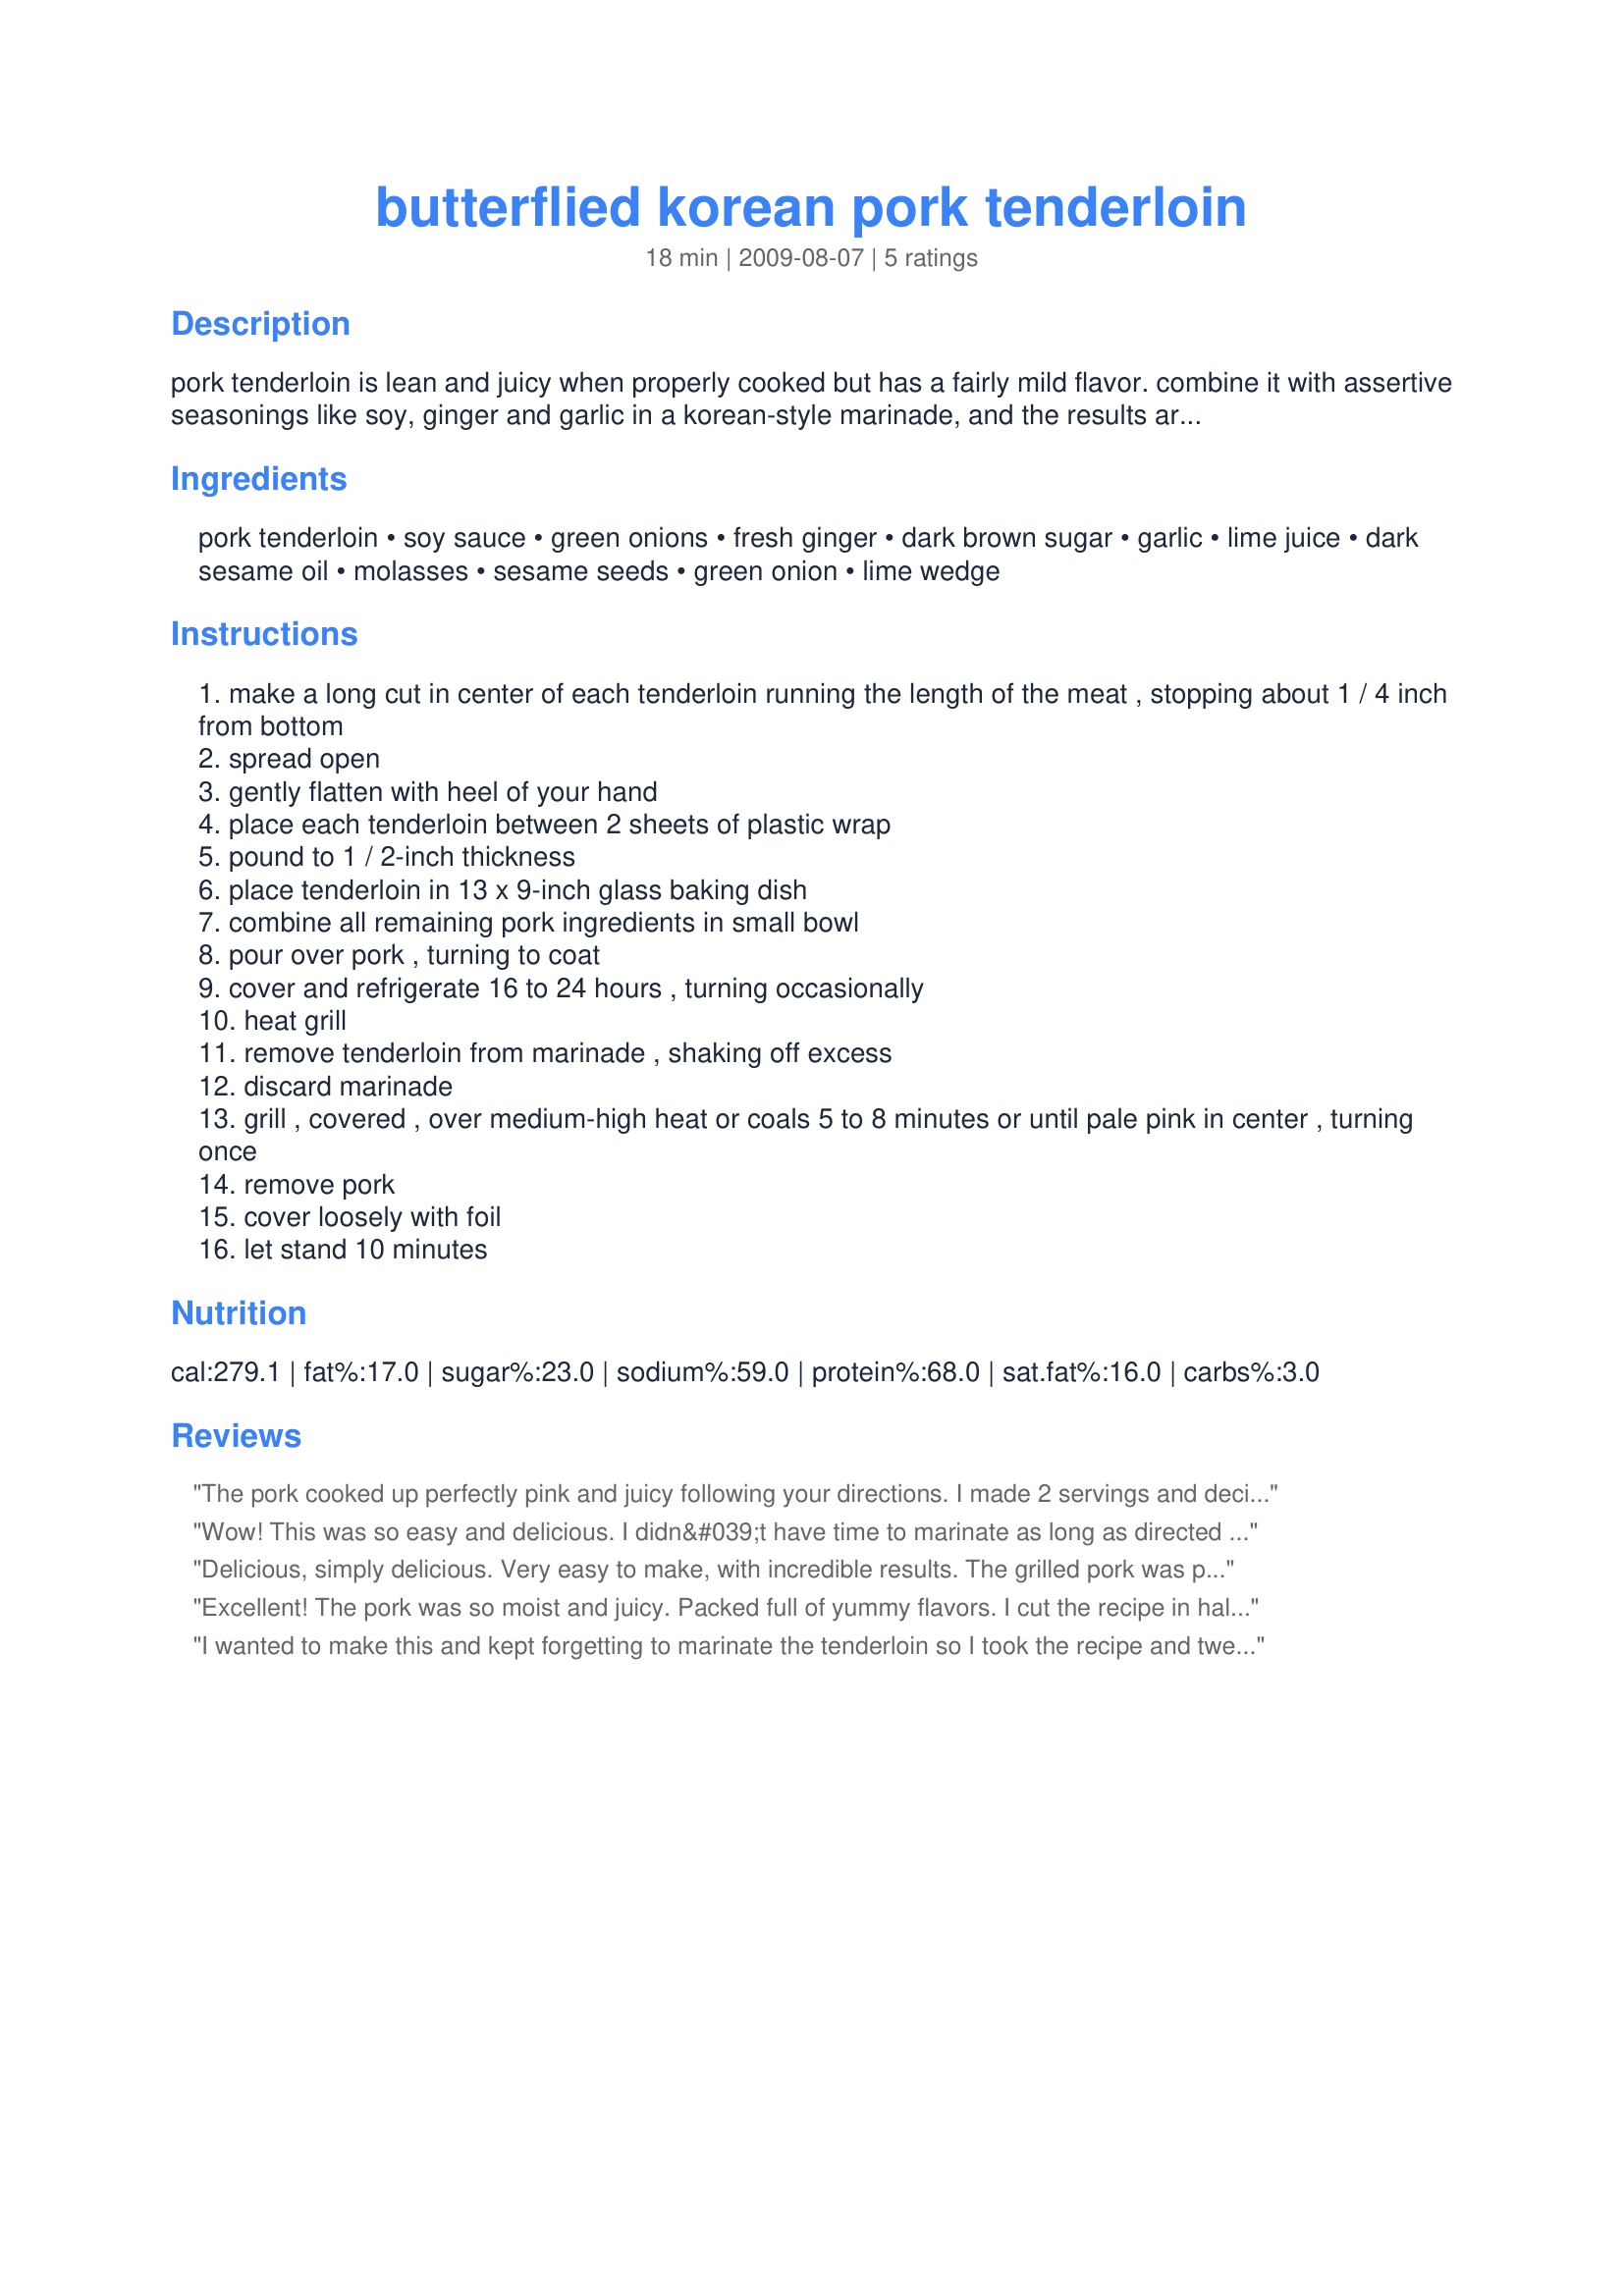
butterflied korean pork tenderloin
Preparation time: 18 minutes

pork tenderloin is lean and juicy when properly cooked but has a fairly mild flavor. combine it with assertive seasonings like soy, ginger and garlic in a korean-style marinade, and the results are bold and delicious. time does not include marinating time.

Ingredients:
pork tenderloin, soy sauce, green onions, fresh ginger, dark brown sugar, garlic, lime juice, dark sesame oil, molasses, sesame seeds, green onion, lime wedge

Steps:
make a long cut in center of each tenderloin running the length of the meat , stopping about 1 / 4 inch from bottom
spread open
gently flatten with heel of your hand
place each tenderloin between 2 sheets of plastic wrap
pound to 1 / 2-inch thickness
place tenderloin in 13 x 9-inch glass baking dish
combine all remaining pork ingredients in small bowl
pour over pork , turning to coat
cover and refrigerate 16 to 24 hours , turning occasionally
heat grill
remove tenderloin from marinade , shaking off excess
discard marinade
grill , covered , over medium-high heat or coals 5 to 8 minutes or until pale pink in center , turning once
remove pork
cover loosely with foil
let stand 10 minutes

Reviews:
The pork cooked up perfectly pink and juicy following your directions. I made 2 servings and decided I wasn't going to buy molasses for that so used golden syrup instead. It seemed to work just fine. I marinated it for 25 hours and was a bit worried we would only taste it (the marinade), but it was remarkably subtle (and VERY flavourful). We ate this over rice with an Asian style salad on the side. Yummmm.
Wow! This was so easy and delicious. I didn&#039;t have time to marinate as long as directed so simply cut a few slits into the pounded out meat, marinated about 30 minutes and grilled as directed. It turned out perfect; juicy and melt in your mouth tender! Making this one for dad on Father&#039;s Day.
Delicious, simply delicious. Very easy to make, with incredible results. The grilled pork was perfectly cooked and the flavor was outstanding. I love the hint of all the different flavors in the pork. A company worthy recipe, which I will be making again. Thanks so much for sharing Crafty.
Excellent! The pork was so moist and juicy. Packed full of yummy flavors. I cut the recipe in half and it worked perfect. I didn't change a thing...well I did use low sodium soy sauce but that's it. I served it with recipe #379616 and recipe #378332 and some leftover rice pilaf. What a yummy dinner. Thanks for posting. Made for "Top Favorite of 2009" tag game. :)
I wanted to make this and kept forgetting to marinate the tenderloin so I took the recipe and tweaked the end result. Smaller pieces don't need to marinate quite so long! I cut the pork tenderloin into 1 inch chunks and marinated them for approximately 20 minutes. Quickly sauteed them in the pan (in two batches) until they were cooked through and served it over jasmine rice with a peanut sauce drizzled over it all. Excellent!
